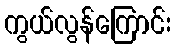
ကွယ်လွန်ကြောင်း